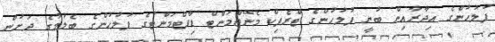
ފުލުހުންގެ އިދާރާއިން ބުނީ ފުލުހުންގެ ޓްރެފިކް މެނޭޖްމަންޓް ޑިޕާޓްމަންޓުގެ ފުލުހުންގެ ބެލުމުގެ ދަށުން